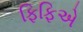
ફિફિએ